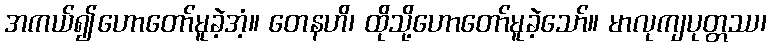
အကယ်၍ဟောတော်မူခဲ့အံ့။ တေနဟိ၊ ထိုသို့ဟောတော်မူခဲ့သော်။ မာလုကျပုတ္တဿ၊